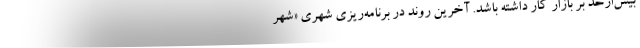
بیش‌ازحد بر بازار کار داشته باشد. آخرین روند در برنامه‌ریزی شهری «شهر